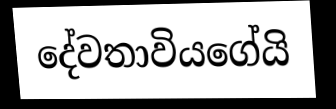
දේවතාවියගේයි